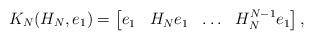
LaTeX: \begin{align*} K_N(H_N,e_1) = \begin{bmatrix} e_1 & H_N e_1 & \ldots & H_N^{N-1} e_1 \end{bmatrix},\end{align*}